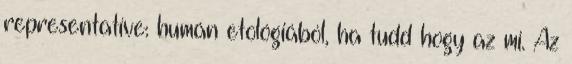
representatíve: humán etológiából, ha tudd hogy az mi. Az